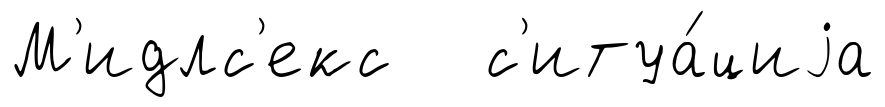
М'идлс'екс с'итуа́циjа